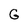
Character: G